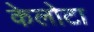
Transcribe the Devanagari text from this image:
केलोटा